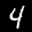
Label: 4